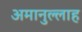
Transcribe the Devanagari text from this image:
अमानुल्लाह